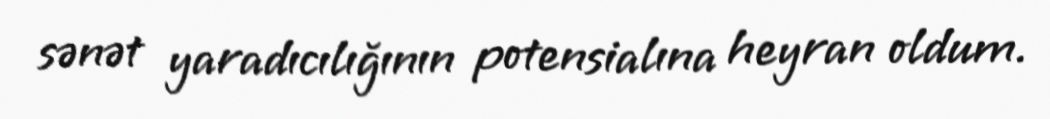
sənət yaradıcılığının potensialına heyran oldum.